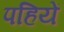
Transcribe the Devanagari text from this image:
पहियें